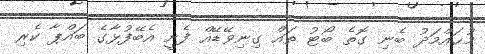
މުޙައްމަދު ބެނި ގޮތެ ބޯޓު ތައް ގިނިވޭޑޭއް ފެށީ އެބޭފުޅާގެ ބައްޕާ ކެރި